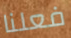
فعلنا